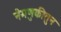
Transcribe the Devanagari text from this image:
नेमणुकीतुन